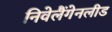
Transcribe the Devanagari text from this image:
निवेलैंगेनलीड